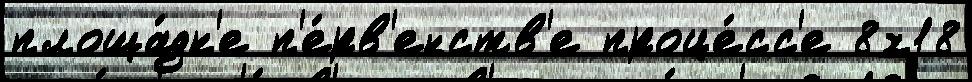
площа́дк'е п'е́рв'енств'е проце́сс'е 8х18